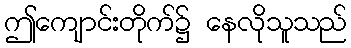
ဤကျောင်းတိုက်၌ နေလိုသူသည်